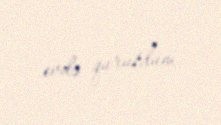
evdə qurutdum.